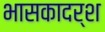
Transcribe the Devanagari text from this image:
भासकादर्श